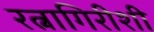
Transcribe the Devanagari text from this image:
रत्नागिरीशी